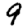
Digit: 9